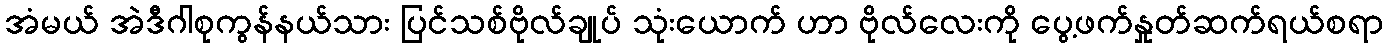
အံမယ် အဲဒီဂါစုကွန်နယ်သား ပြင်သစ်ဗိုလ်ချုပ် သုံးယောက် ဟာ ဗိုလ်လေးကို ပွေ့ဖက်နှုတ်ဆက်ရယ်စရာ